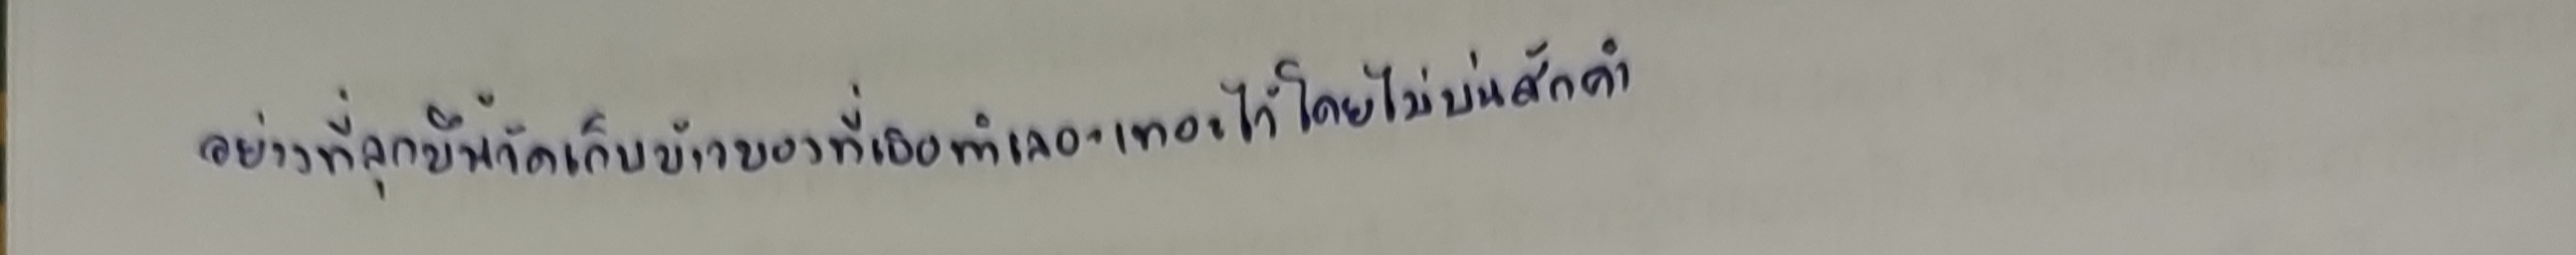
อย่างที่ลุกขึ้นจัดเก็บข้าวของที่เธอทำเลอะเทอะไว้โดยไม่บ่นสักคำ